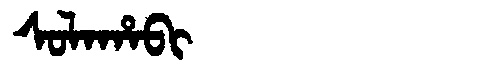
Manchu: ᠰᠣᠯᠠᡥᠠᠪᡳ
Romanization: SOLAHABI